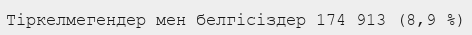
Тіркелмегендер мен белгісіздер 174 913 (8,9 %)